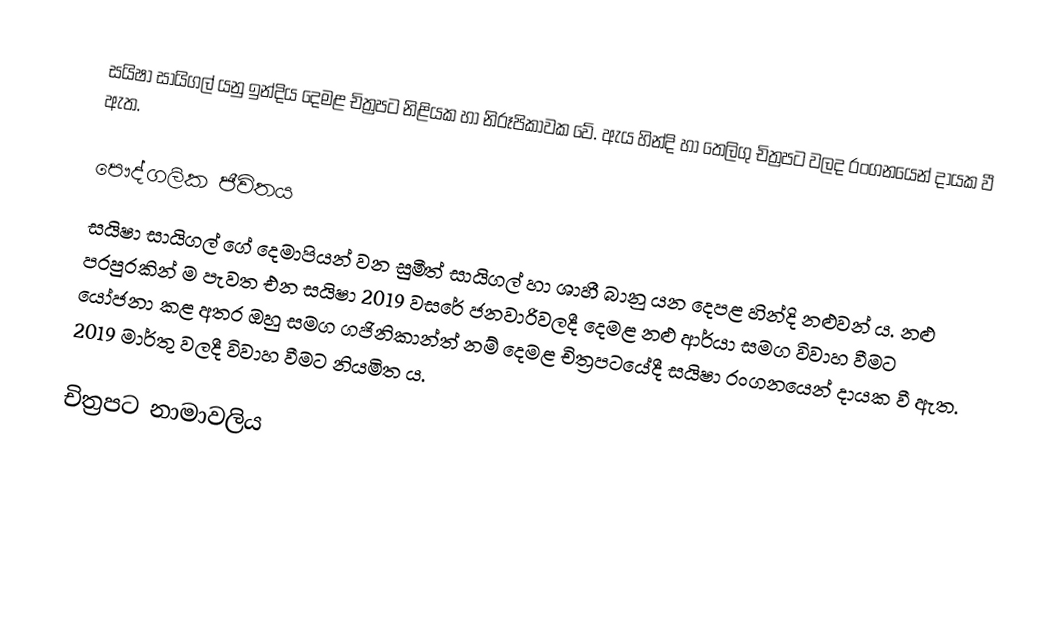
සයිෂා සායිගල් යනු ඉන්දිය දෙමළ චිත්‍රපට නිළියක හා නිරූපිකාවක වේ. ඇය හින්දි හා තෙලිගු චිත්‍රපට වලද රංගනයෙන් දායක වී ඇත.

පෞද්ගලික ජීවිතය
සයිෂා සායිගල් ගේ දෙමාපියන් වන සුමීත් සායිගල් හා ශාහී බානු යන දෙපළ හින්දි නළුවන් ය. නළු පරපුරකින් ම පැවත එන සයිෂා 2019 වසරේ ජනවාරිවලදී දෙමළ නළු ආර්යා සමග විවාහ වීමට යෝජනා කළ අතර ඔහු සමග ගජිනිකාන්ත් නම් දෙමළ චිත්‍රපටයේදී සයිෂා රංගනයෙන් දායක වී ඇත. 2019 මාර්තු වලදී විවාහ වීමට නියමිත ය.

චිත්‍රපට නාමාවලිය